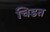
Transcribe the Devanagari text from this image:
चिडत